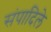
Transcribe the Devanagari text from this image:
संपादिले